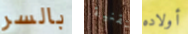
بالسر تقنية أولاده